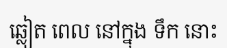
ឆ្លៀត ពេល នៅក្នុង ទឹក នោះ